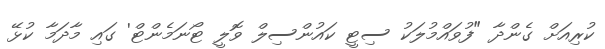
ކުރިއަށް ގެންދާ "ފުވައްމުލަކު ސިޓީ ކައުންސިލް ވޮލީ ޓޯނަމެންޓް' ގައި މާދަމާ ކުޅޭ